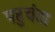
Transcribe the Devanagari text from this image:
पहुचंता